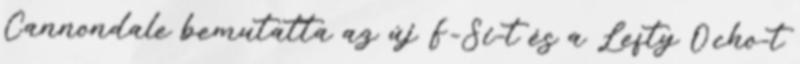
Cannondale bemutatta az új F-Si-t és a Lefty Ocho-t